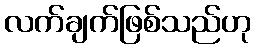
လက်ချက်ဖြစ်သည်ဟု